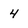
Character: 4